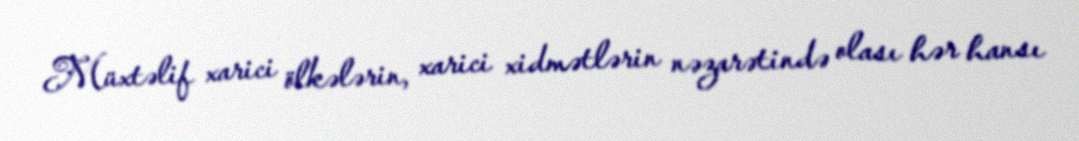
Müxtəlif xarici ölkələrin, xarici xidmətlərin nəzarətində olası hər hansı